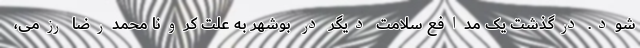
شود. درگذشت یک مدافع سلامت دیگر در بوشهر به علت کرونا محمدرضا رزمی،